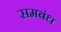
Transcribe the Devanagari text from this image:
समबंध